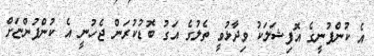
އެ ކުންފުނީގެ އޮފިޝަލަކު ވިދާޅުވީ ތެލުގެ އަގު ބޮޑުކުރަން ޖެހުނީ އެ ކުންފުންޏަށް